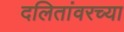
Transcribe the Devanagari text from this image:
दलितांवरच्या